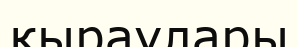
қыраулары